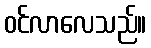
ဝင်လာလေသည်။